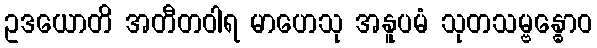
ဥဒယောတိ အတီတဝါရ မာဟေသု အနူပမံ သုတသမ္ဗန္ဓောဝ